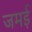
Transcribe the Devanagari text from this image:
जमई